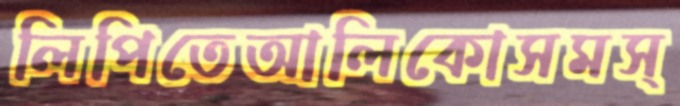
লিপিতেআলিকোসমস্